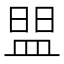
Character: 𰤼